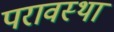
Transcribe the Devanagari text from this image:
परावस्था